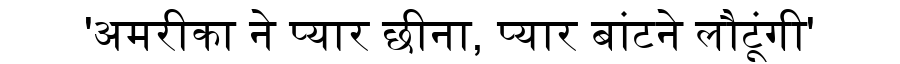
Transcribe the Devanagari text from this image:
'अमरीका ने प्यार छीना, प्यार बांटने लौटूंगी'